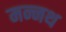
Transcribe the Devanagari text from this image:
मन्नथ